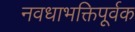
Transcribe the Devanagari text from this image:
नवधाभक्तिपूर्वक